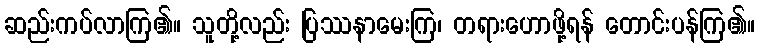
ဆည်းကပ်လာကြ၏။ သူတို့လည်း ပြဿနာမေးကြ၊ တရားဟောဖို့ရန် တောင်းပန်ကြ၏။